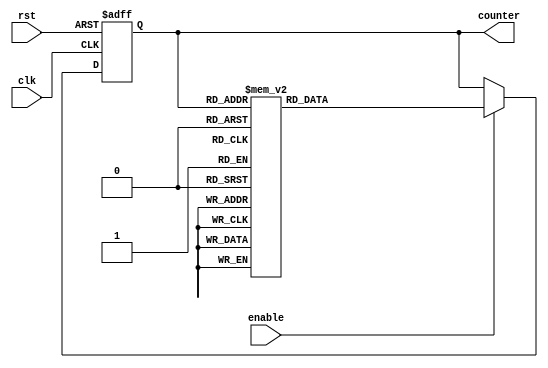
module johnson_counter(
  input wire clk,
  input wire rst,
  input wire enable,
  output reg [3:0] counter
);

reg [3:0] next_counter;

always @ (posedge clk or posedge rst) begin
  if (rst) begin
    counter <= 4'b0000;
  end else if (enable) begin
    counter <= next_counter;
  end
end

always @* begin
  case(counter)
    4'b0000: next_counter <= 4'b0001;
    4'b0001: next_counter <= 4'b0011;
    4'b0011: next_counter <= 4'b0010;
    4'b0010: next_counter <= 4'b0110;
    4'b0110: next_counter <= 4'b0100;
    4'b0100: next_counter <= 4'b1100;
    4'b1100: next_counter <= 4'b1000;
    4'b1000: next_counter <= 4'b1001;
    default: next_counter <= 4'b0000;
  endcase
end

endmodule